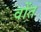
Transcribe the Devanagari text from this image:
वोंत